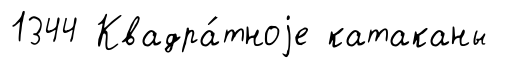
1344 Квадра́тноjе катаканы